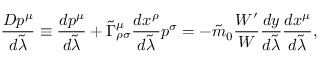
{ \frac { D p ^ { \mu } } { d \tilde { \lambda } } } \equiv { \frac { d p ^ { \mu } } { d \tilde { \lambda } } } + \tilde { \Gamma } _ { \rho \sigma } ^ { \mu } { \frac { d x ^ { \rho } } { d \tilde { \lambda } } } p ^ { \sigma } = - \tilde { m } _ { 0 } { \frac { { \cal W } ^ { \prime } } { \cal W } } { \frac { d y } { d \tilde { \lambda } } } { \frac { d x ^ { \mu } } { d \tilde { \lambda } } } ,